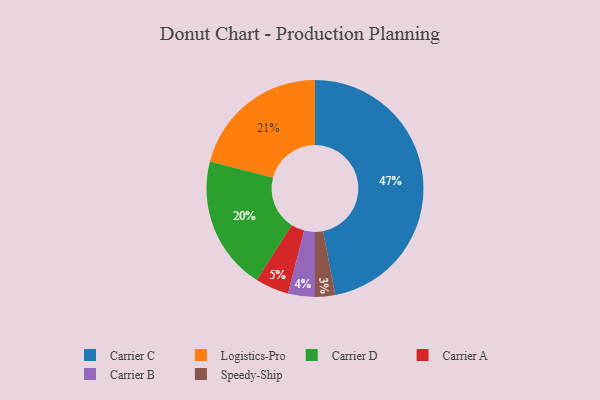
{"axis": {"x": "Category", "y": "Percentage"}, "legend": ["Carrier A", "Carrier B", "Carrier C", "Carrier D", "Logistics-Pro", "Speedy-Ship"], "data": [{"x": "Speedy-Ship", "y": 3, "type": "Speedy-Ship"}, {"x": "Logistics-Pro", "y": 21, "type": "Logistics-Pro"}, {"x": "Carrier C", "y": 47, "type": "Carrier C"}, {"x": "Carrier A", "y": 5, "type": "Carrier A"}, {"x": "Carrier B", "y": 4, "type": "Carrier B"}, {"x": "Carrier D", "y": 20, "type": "Carrier D"}]}